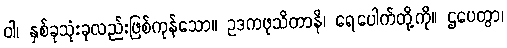
ဝါ၊ နှစ်ခုသုံးခုလည်းဖြစ်ကုန်သော။ ဥဒကဖုသိတာနိ၊ ရေပေါက်တို့ကို။ ဌပေတွာ၊